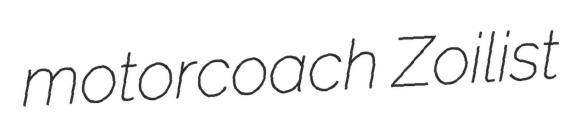
motorcoach Zoilist